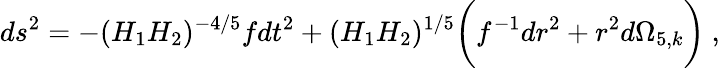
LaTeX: ds^{2}=-{(H_{1}H_{2})^{-{4/5}}}fdt^{2}+(H_{1}H_{2})^{1/5}\bigg(f^{-1}{dr^{2}}+r^{2}d\Omega_{5,k}\bigg)\ ,